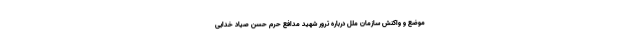
موضع و واکنش سازمان ملل درباره ترور شهید مدافع حرم حسن صیاد خدایی